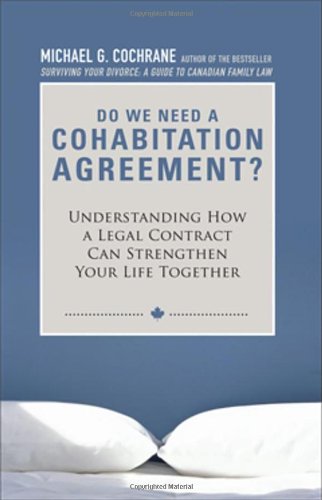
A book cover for Do We Need a Cohabitation Agreement: Understanding How a Legal Contract Can Strengthen Your Life Together; Michael G. Cochrane; Law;